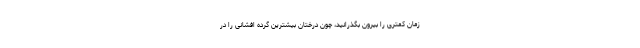
زمان کمتری را بیرون بگذرانید، چون درختان بیشترین گرده افشانی را در